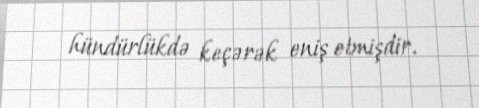
hündürlükdə keçərək eniş etmişdir.